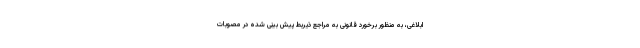
ابلاغی، به منظور برخورد قانونی به مراجع ذیربط پیش بینی شده در مصوبات